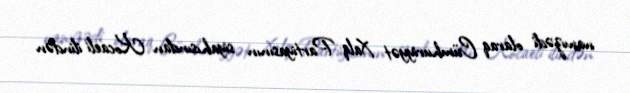
namizədi olaraq Cümhuriyyət Xalq Partiyasının siyahısından Kocaeli ilindən